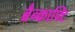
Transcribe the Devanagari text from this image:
ब्रैन्क्राफ्टि